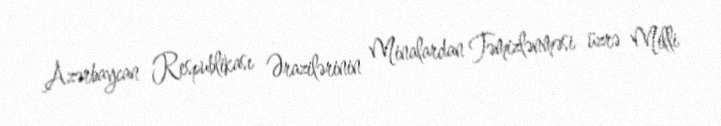
Azərbaycan Respublikası Ərazilərinin Minalardan Təmizlənməsi üzrə Milli